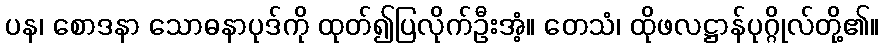
ပန၊ စောဒနာ သောဓနာပုဒ်ကို ထုတ်၍ပြလိုက်ဦးအံ့။ တေသံ၊ ထိုဖလဋ္ဌာန်ပုဂ္ဂိုလ်တို့၏။